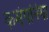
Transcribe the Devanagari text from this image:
कमंपनियां